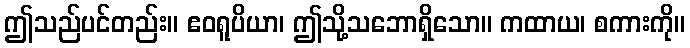
ဤသည်ပင်တည်း။ ဧဝရူပိယာ၊ ဤသို့သဘောရှိသော။ ကထာယ၊ စကားကို။